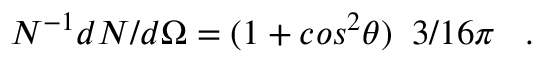
N ^ { - 1 } d N / d \Omega = ( 1 + c o s ^ { 2 } \theta ) \; \; 3 / 1 6 \pi \; \; \; .